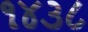
૧૪૩૮